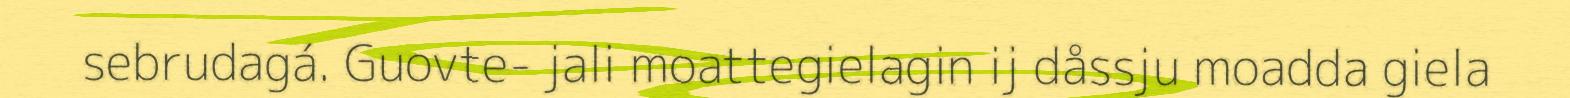
sebrudagá. Guovte- jali moattegielagin ij dåssju moadda giela